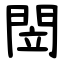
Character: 閚